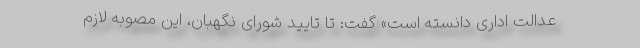
عدالت اداری دانسته است» گفت: تا تایید شورای نگهبان، این مصوبه لازم